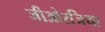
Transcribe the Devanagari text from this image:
जीओरजिया